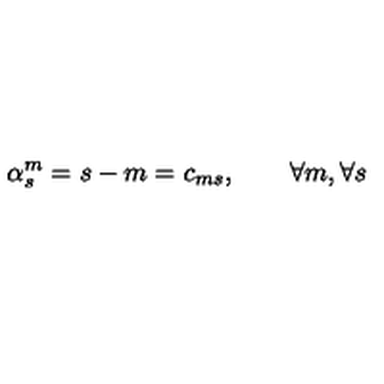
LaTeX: \alpha _ { s } ^ { m } = s - m = c _ { m s } , \qquad \forall m , \forall s